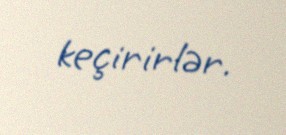
keçirirlər.